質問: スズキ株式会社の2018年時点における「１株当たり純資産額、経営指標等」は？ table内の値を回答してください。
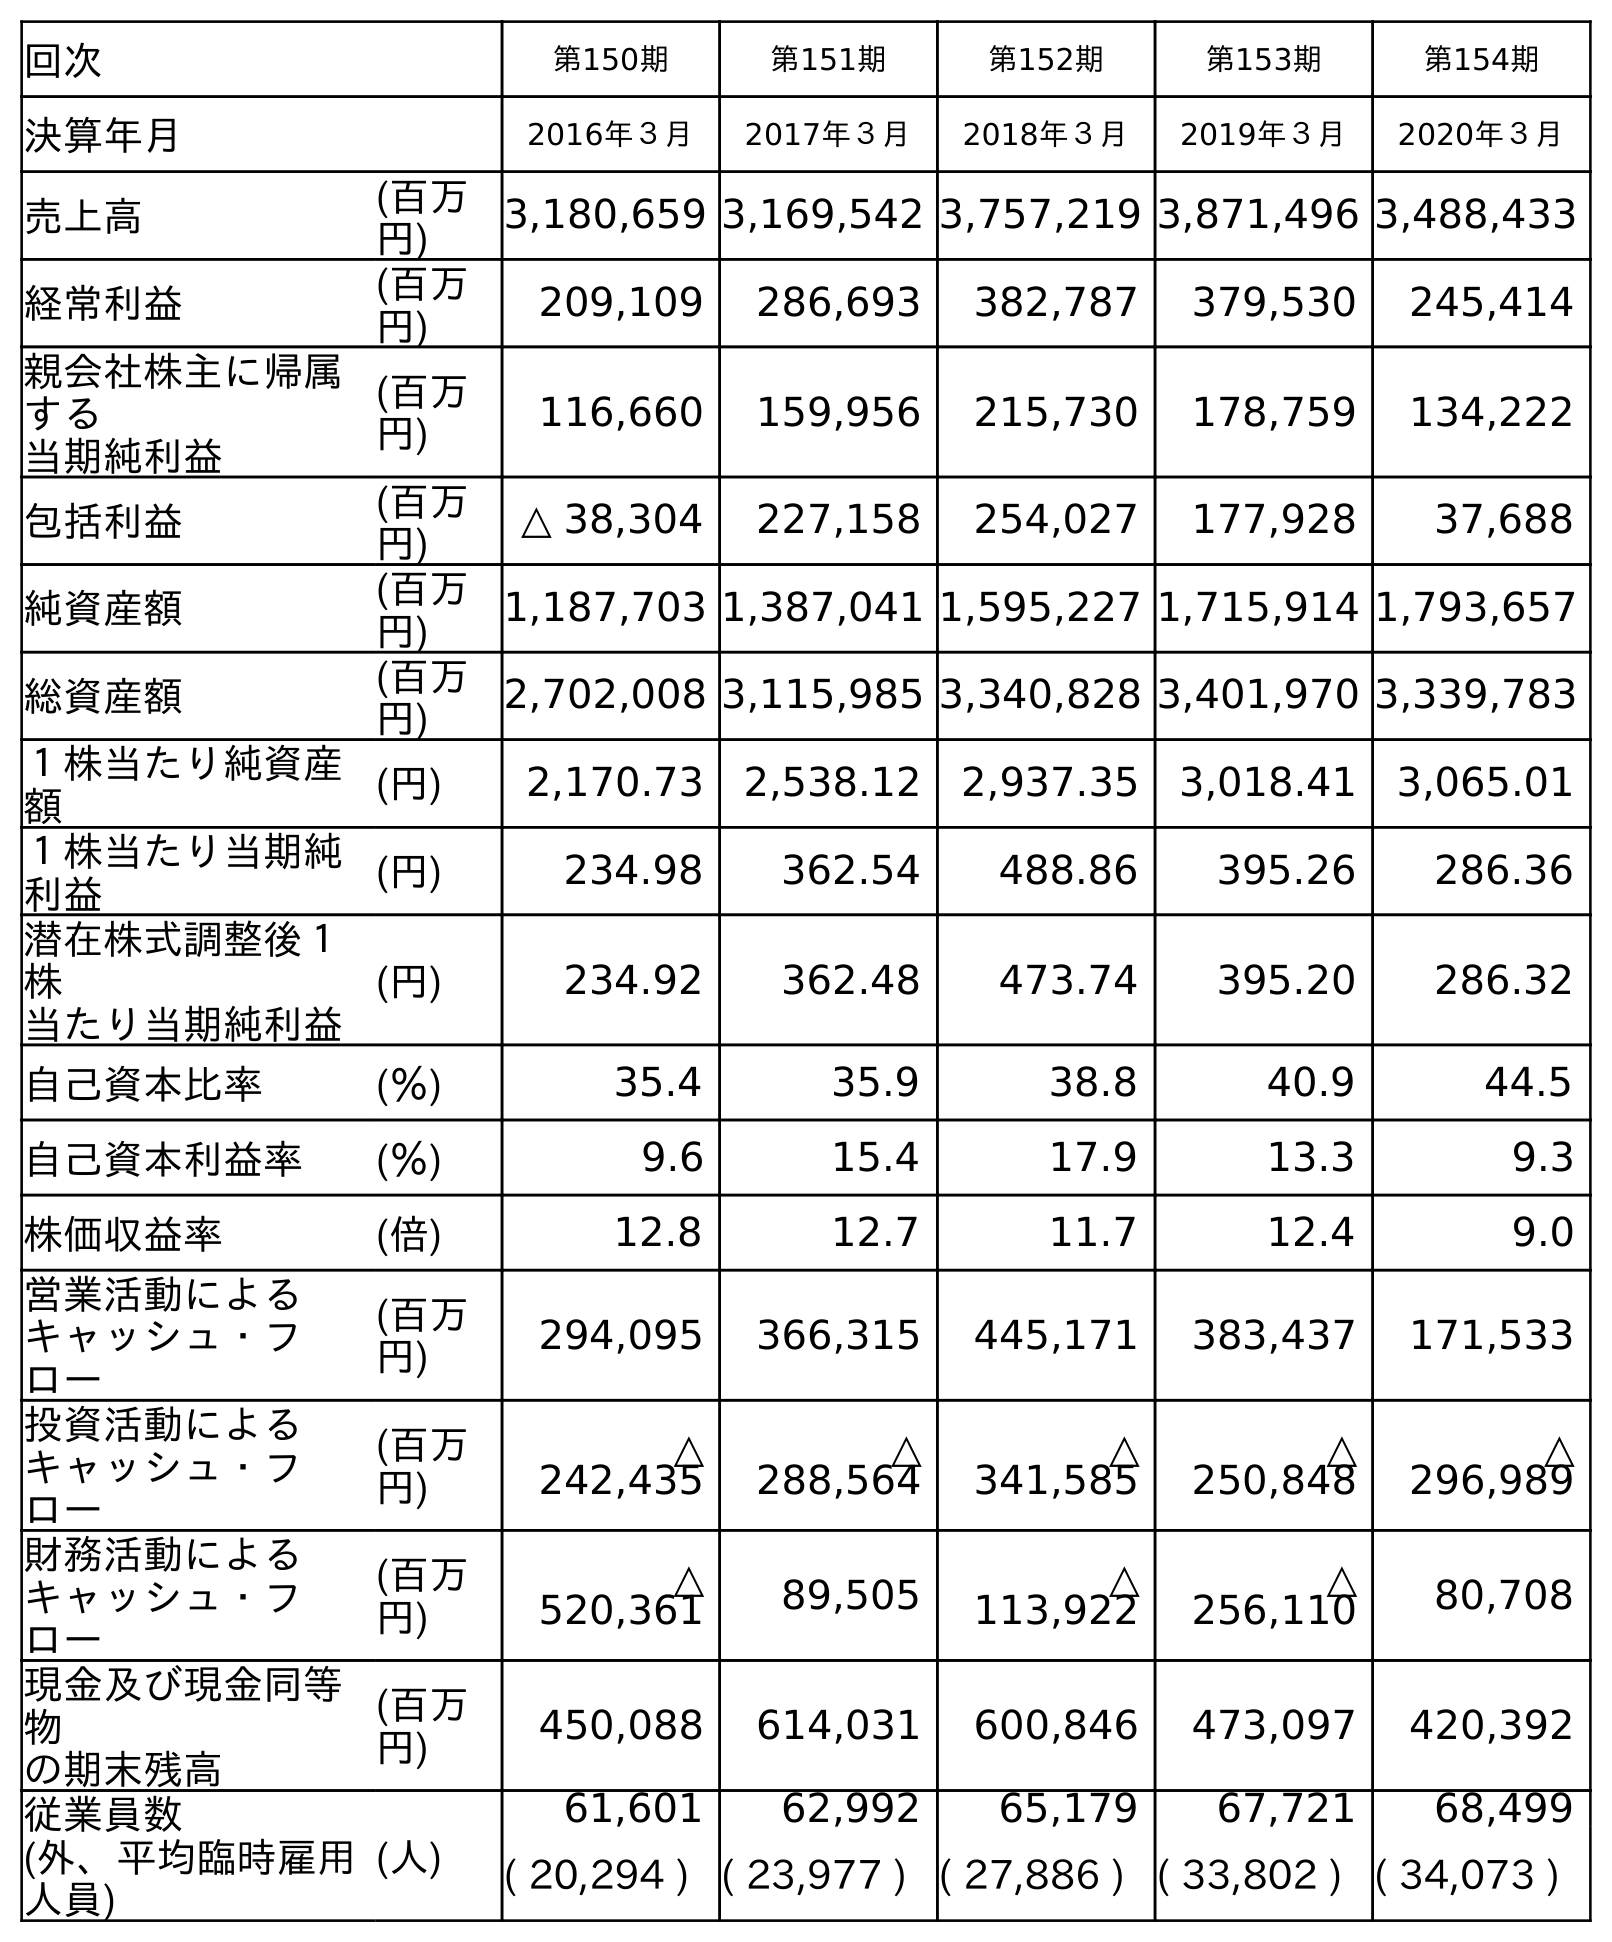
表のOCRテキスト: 回次 第150期 第151期 第152期 第153期 第154期 決算年月 2016年３月 2017年３月 2018年３月 2019年３月 2020年３月 売上高 (百万 円) 3,180,659 3,169,542 3,757,219 3,871,496 3,488,433 経常利益 (百万 円) 209,109 286,693 382,787 379,530 245,414 親会社株主に帰属 する 当期純利益 (百万 円) 116,660 159,956 215,730 178,759 134,222 包括利益 (百万 円) △ 38,304 227,158 254,027 177,928 37,688 純資産額 (百万 円) 1,187,703 1,387,041 1,595,227 1,715,914 1,793,657 総資産額 (百万 円) 2,702,008 3,115,985 3,340,828 3,401,970 3,339,783 １株当たり純資産 額 (円) 2,170.73 2,538.12 2,937.35 3,018.41 3,065.01 １株当たり当期純 利益 (円) 234.98 362.54 488.86 395.26 286.36 潜在株式調整後１ 株 当たり当期純利益 (円) 234.92 362.48 473.74 395.20 286.32 自己資本比率 (％) 35.4 35.9 38.8 40.9 44.5 自己資本利益率 (％) 9.6 15.4 17.9 13.3 9.3 株価収益率 (倍) 12.8 12.7 11.7 12.4 9.0 営業活動による キャッシュ・フ ロー (百万 円) 294,095 366,315 445,171 383,437 171,533 投資活動による キャッシュ・フ ロー (百万 円) △ 242,435 △ 288,564 △ 341,585 △ 250,848 △ 296,989 財務活動による キャッシュ・フ ロー (百万 円) △ 520,361 89,505 △ 113,922 △ 256,110 80,708 現金及び現金同等 物 の期末残高 (百万 円) 450,088 614,031 600,846 473,097 420,392 従業員数 (外、平均臨時雇用 人員) (人) 61,601 62,992 65,179 67,721 68,499 ( 20,294 ) ( 23,977 ) ( 27,886 ) ( 33,802 ) ( 34,073 )
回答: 2,937.35